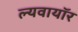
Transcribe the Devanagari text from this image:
ल्यवायॉर